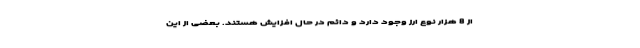
از 8 هزار نوع ارز وجود دارد و دائم در حال افزایش هستند. بعضی از این